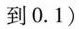
到0.1)